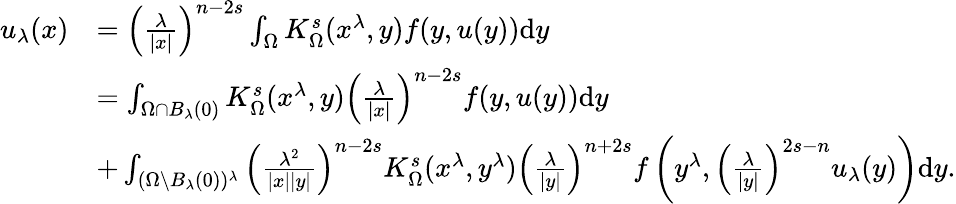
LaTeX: \begin{array}{rl}{u_{\lambda}(x)}&{=\left(\frac{\lambda}{|x|}\right)^{n-2s}\int_{\Omega}K_{\Omega}^{s}(x^{\lambda},y)f(y,u(y))\mathrm dy}\\ &{=\int_{\Omega\cap B_{\lambda}(0)}K_{\Omega}^{s}(x^{\lambda},y)\left(\frac{\lambda}{|x|}\right)^{n-2s}f(y,u(y))\mathrm dy}\\ &{+\int_{(\Omega\setminus B_{\lambda}(0))^{\lambda}}\left(\frac{\lambda^{2}}{|x||y|}\right)^{n-2s}K_{\Omega}^{s}(x^{\lambda},y^{\lambda})\left(\frac{\lambda}{|y|}\right)^{n+2s}f\left(y^{\lambda},\left(\frac{\lambda}{|y|}\right)^{2s-n}u_{\lambda}(y)\right)\mathrm dy.}\end{array}